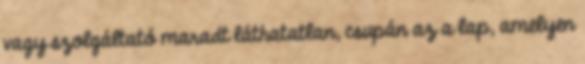
vagy szolgáltató maradt láthatatlan, csupán az a lap, amelyen